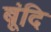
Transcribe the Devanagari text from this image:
बूंदि